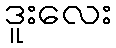
ဒူးလေး